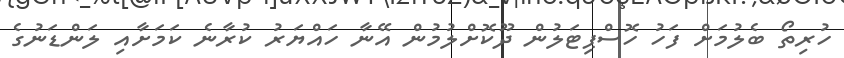
ހުރިތޯ ބެލުމަށް ފަހު ހޮސްޕިޓަލުން ދޫކޮށްލުމުން އޭނާ ހައްޔަރު ކުރާނެ ކަމަށާއި ލަންޑަނުގެ